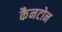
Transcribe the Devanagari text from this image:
कैनटोन